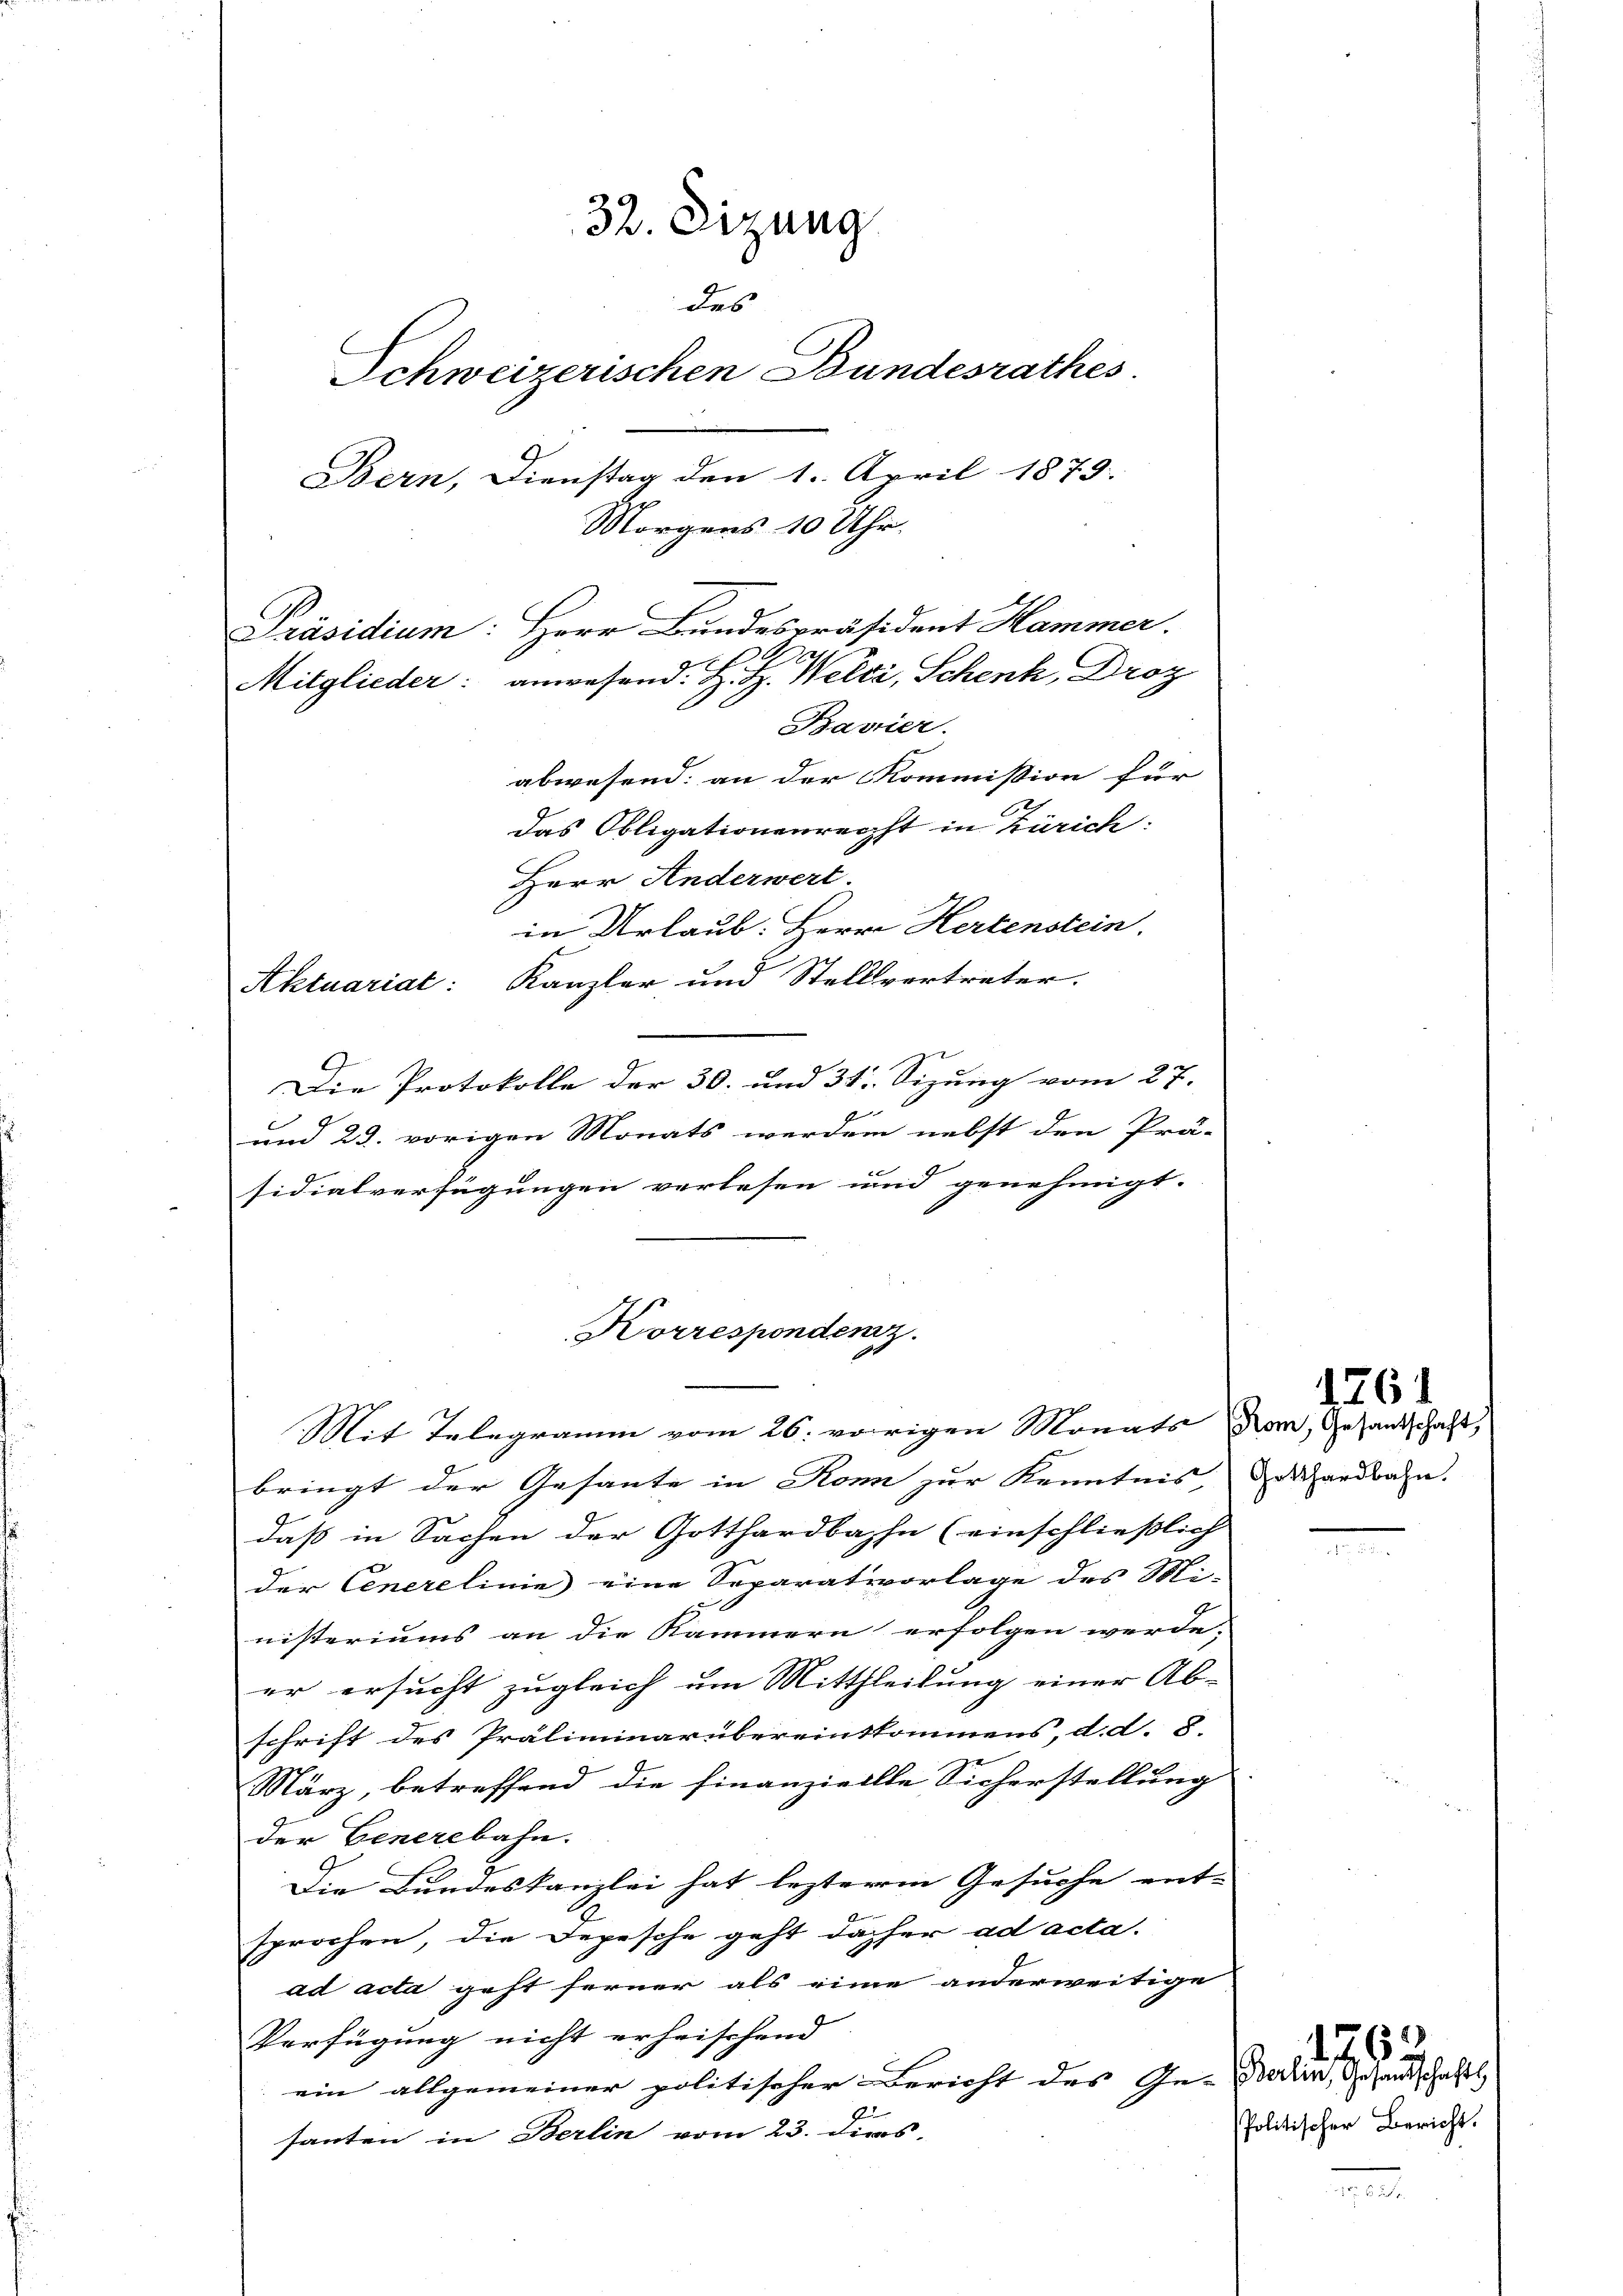
32. Dizung
des
Schweizerischen Bundesrathes
Bern, Dienstag den 1. April 1879.
Morgens 10 Uhr.
Präsidium: Herr Bundespräsident Hammer.
Mitglieder: anwesend: H. H. Welti, Schenk, Droz
Bavier.
abwesend: an der Kommission für |

das Obligationenrecht in Zürich:
Herr Anderwert.
in Urlaub. Herrn Hertenstein.
Aktuariat: Kanzler und Stellvertreter.
Die Protokolle der 30. und 31. Sizung vom 27.
E
und 23. vorigen Monats werden nebst den Prä-
sidialverfügungen verlesen und genehmigt.
bringt der Gesante in Ron zur Kenntnis, Marchardbahn. |
daß in Sachen der Gotthardbahn (einschließlich
der Cenerelinie eine Separativorlage des Mi-
nisteriums an die Kammern erfolgen werde.
er ersucht zugleich um Mittheilung einer Ab-
schrift des Präliminarübereinskommens, d. d. 8.
März, betreffend die finanziellle Sicherstellung
der Generbahn.
Die Bundeskanzlei hat lezterem Gesuche ent-
sprochen, die Depesche geht daher ad acta.
ad acta geht ferner als eine anderweitige
Verfügung nicht erheischend
ein allgemeiner politischer Bericht des Ge- oder, Gesandschaftl
santen in Berlin vom 23. Dies

Korrespondenz.
Mit Telegramm vom 26. vorigen Monats Nan, Gesandschaft,

1261

Politischer Bericht.

176.

.